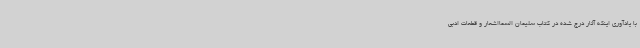
با یادآوری اینکه آثار درج شده در کتاب سلیمان السمااشعار و قطعات ادبی